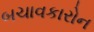
બચાવકારોન